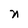
Character: n